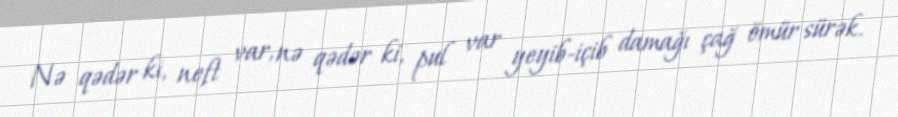
Nə qədər ki, neft var, nə qədər ki, pul var yeyib-içib damağı çağ ömür sürək.